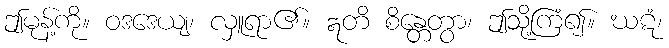
ဤမုန့်ကို။ ဝဒဒေယျ၊ လှူရာ၏။ ဣတိ စိန္တေတွာ၊ ဤသို့ကြံ၍။ ဃဋံ၊